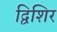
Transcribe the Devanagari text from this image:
द्विशिर